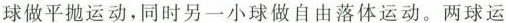
球做平抛运动，同时另一小球做自由落体运动。两球运